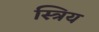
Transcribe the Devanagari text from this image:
स्त्रिय